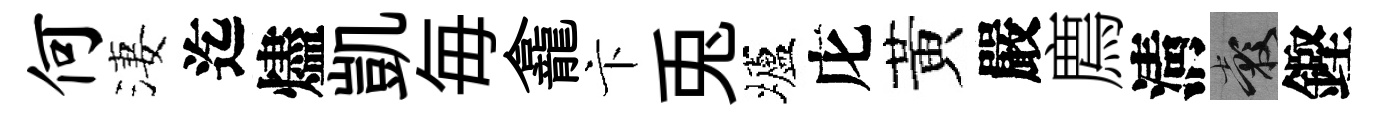
何淒迄燼凱毎龕卞兎壚庀黃嚴廌淸穀鏗